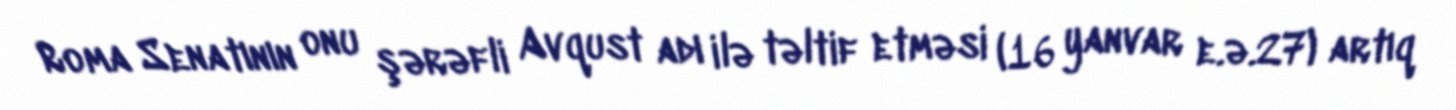
Roma Senatının onu şərəfli Avqust adı ilə təltif etməsi (16 yanvar e.ə.27) artıq